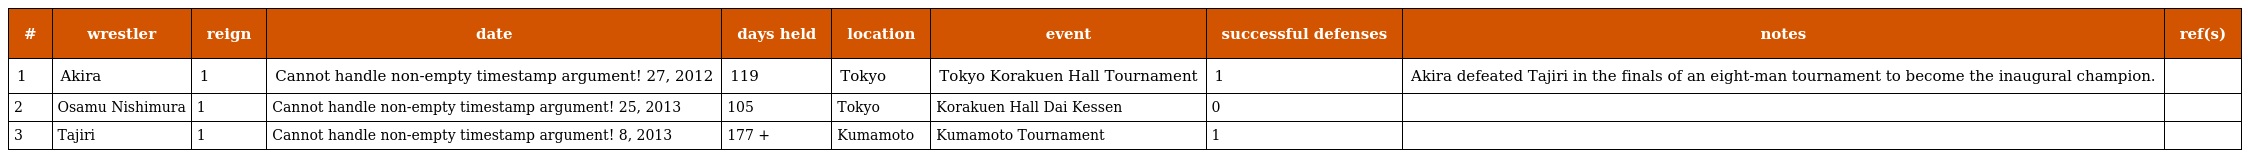
| # | wrestler | reign | date | days held | location | event | successful defenses | notes | ref(s) |
 | --- | --- | --- | --- | --- | --- | --- | --- | --- | --- |
 | 1 | Akira | 1 | Cannot handle non-empty timestamp argument! 27, 2012 | 119 | Tokyo | Tokyo Korakuen Hall Tournament | 1 | Akira defeated Tajiri in the finals of an eight-man tournament to become the inaugural champion. |  |
 | 2 | Osamu Nishimura | 1 | Cannot handle non-empty timestamp argument! 25, 2013 | 105 | Tokyo | Korakuen Hall Dai Kessen | 0 |  |  |
 | 3 | Tajiri | 1 | Cannot handle non-empty timestamp argument! 8, 2013 | 177 + | Kumamoto | Kumamoto Tournament | 1 |  |  |